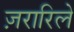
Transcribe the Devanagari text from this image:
ज़रारिले